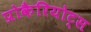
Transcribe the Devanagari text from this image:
प्रोकैरियोट्स